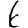
Digit: 6